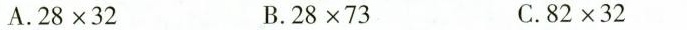
A. $$28\times 32$$ B.$$28\times 73$$ C.$$82\times 32$$